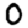
Digit: 0